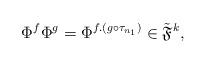
LaTeX: \begin{align*}\Phi^f\Phi^g=\Phi^{f.(g\circ \tau_{n_1})}\in \tilde{\mathfrak{F}}^k,\end{align*}